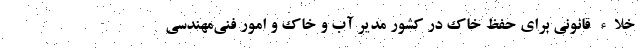
خلاء قانونی برای حفظ خاک در کشور مدیر آب و خاک و امور فنی‌مهندسی